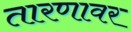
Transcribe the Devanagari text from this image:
तारणावर